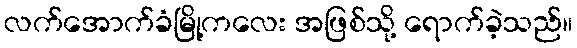
လက်အောက်ခံမြို့ကလေး အဖြစ်သို့ ရောက်ခဲ့သည်။